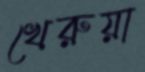
খেরুয়া